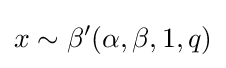
x\sim \beta '(\alpha ,\beta ,1,q)